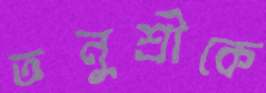
তনুশ্রীকে